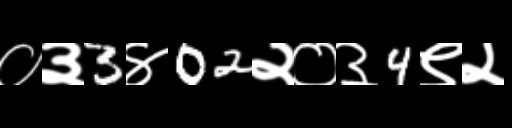
Text: ०३3४02२०३4९२